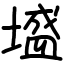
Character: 墭